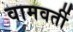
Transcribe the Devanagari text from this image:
वामवर्ती